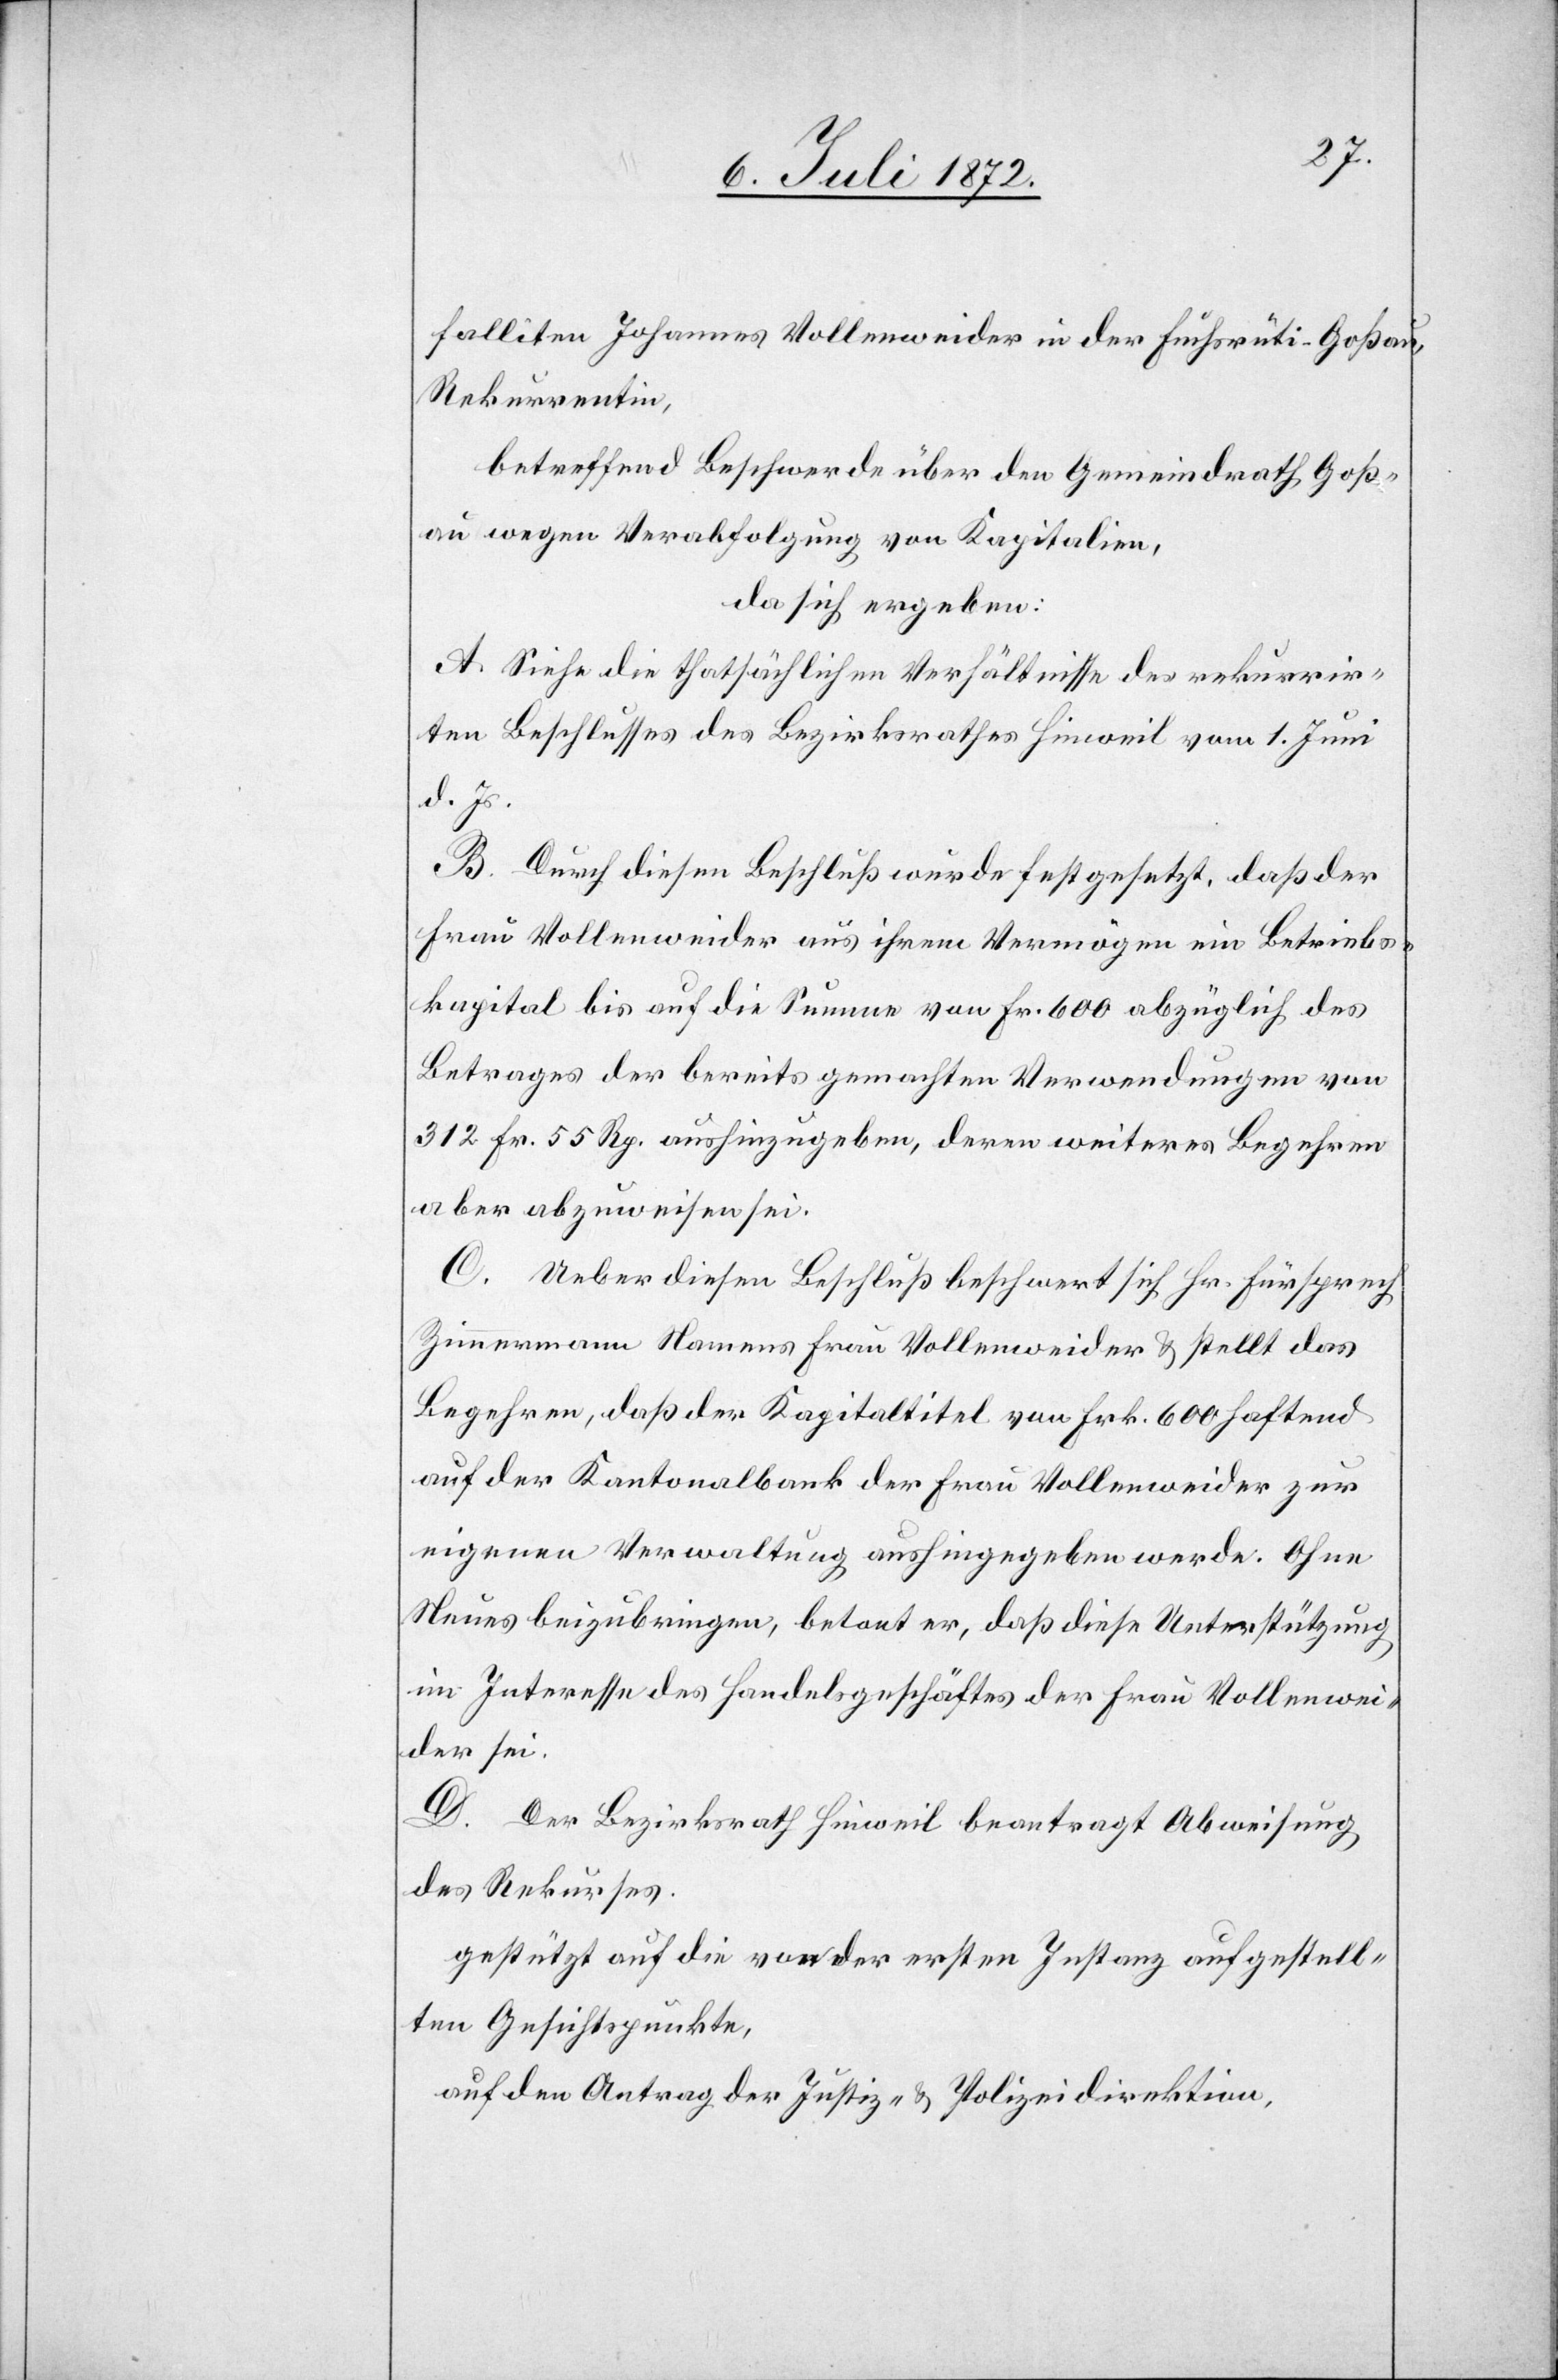
Falliten Johannes Vollenweider in der Fuchsrüti-Goßau,
Rekurrentin,
betreffend Beschwerde über den Gemeindrath Goß¬
au wegen Verabfolgung von Kapitalien,
da sich ergeben:
A. Siehe die thatsächlichen Verhältnisse des Bezir¬
d. Js.
B. Durch diesen Beschluß wurde festgesetzt, daß der
Frau Vollenweider aus ihrem Vermögen ein Betriebs¬
kapital bis auf die Summe von Fr. 600 abzüglich des
Betrages der bereits gemachten Verwendungen von
312 Fr. 55 Rp. aushinzugeben, deren weiteres Begehren
aber abzuweisen sei.
C. Ueber diesen Beschluß beschwert sich Hr. Fürsprech
Zimmermann Namens Frau Vollenweider u. stellt das
Begehren, daß der Kapitaltitel von Frk. 600 haftend
auf der Kantonalbank der Frau Vollenweider zur
eigenen Verwaltung aushingegeben werde. Ohne
Neues beizubringen, betont er, daß diese Unterstützung
im Interesse des Handelsgeschäftes der Frau Vollenwei¬
der sei.
D. Der Bezirksrath Hinweil beantragt Abweisung
des Rekurses.
gestützt auf die von der ersten Instanz aufgestell¬
ten Gesichtspunkte,
auf den Antrag der Justiz- u. Polizeidirektion,